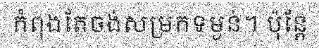
កំពុងតែចង់សម្រកទម្ងន់។ ប៉ុន្តែ